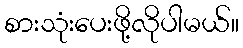
စားသုံးပေးဖို့လိုပါမယ်။